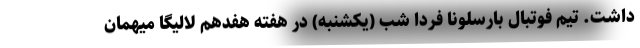
داشت. تیم فوتبال بارسلونا فردا شب (یکشنبه) در هفته هفدهم لالیگا میهمان